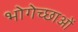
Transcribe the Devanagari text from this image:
भोगेच्छाओं